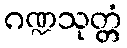
ဂဏ္ဍသုတ္တံ